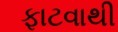
ફાટવાથી